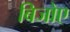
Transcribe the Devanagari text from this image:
बिजोए